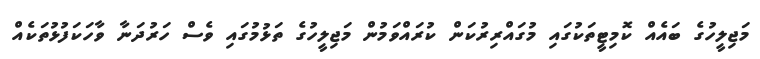
މަޖިލީހުގެ ބައެއް ކޮމިޓީތަކުގައި މުގައްރިރުކަން ކުރައްވަމުން މަޖިލީހުގެ ތަޅުމުގައި ވެސް ހަރުދަނާ ވާހަކަފުޅުތަކެއް